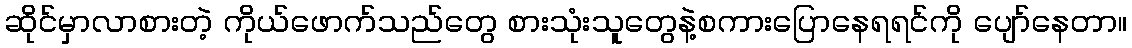
ဆိုင်မှာလာစားတဲ့ ကိုယ်ဖောက်သည်တွေ စားသုံးသူတွေနဲ့စကားပြောနေရရင်ကို ပျော်နေတာ။